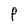
Character: f